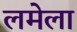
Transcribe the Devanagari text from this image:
लमेला